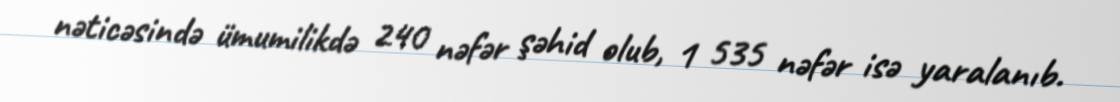
nəticəsində ümumilikdə 240 nəfər şəhid olub, 1 535 nəfər isə yaralanıb.